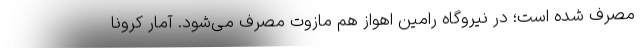
مصرف شده است؛ در نیروگاه رامین اهواز هم مازوت مصرف می‌شود. آمار کرونا